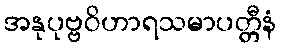
အနုပုဗ္ဗဝိဟာရသမာပတ္တီနံ